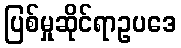
ပြစ်မှုဆိုင်ရာဥပဒေ